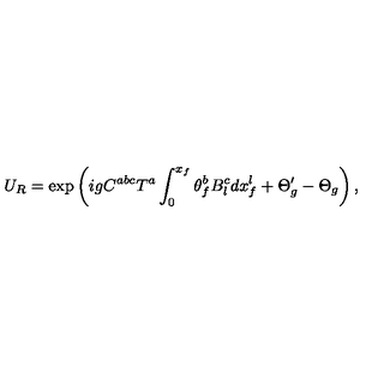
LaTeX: U _ { R } = \exp \left( i g C ^ { a b c } T ^ { a } \int _ { 0 } ^ { x _ { f } } \theta _ { f } ^ { b } B _ { l } ^ { c } d x _ { f } ^ { l } + \Theta _ { g } ^ { \prime } - \Theta _ { g } \right) ,